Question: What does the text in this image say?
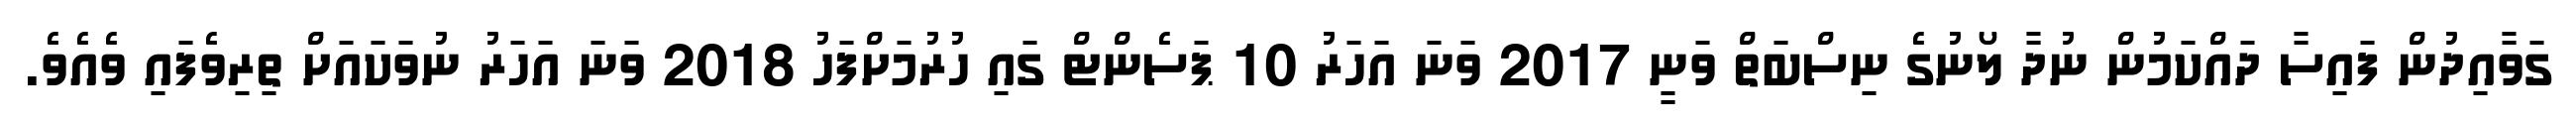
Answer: ގަވާއިދުން ފައިސާ ދައްކަމުން ނުދާ ލޯނުގެ ނިސްބަތް ވަނީ 2017 ވަނަ އަހަރު 10 ޕަސެންޓް ގައި ހުރުމަށްފަހު 2018 ވަނަ އަހަރު ނުވަކައަށް ތިރިވެފައި ވެއެވެ.